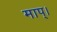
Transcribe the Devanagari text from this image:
माप्।